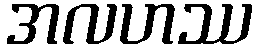
အလဟဿ